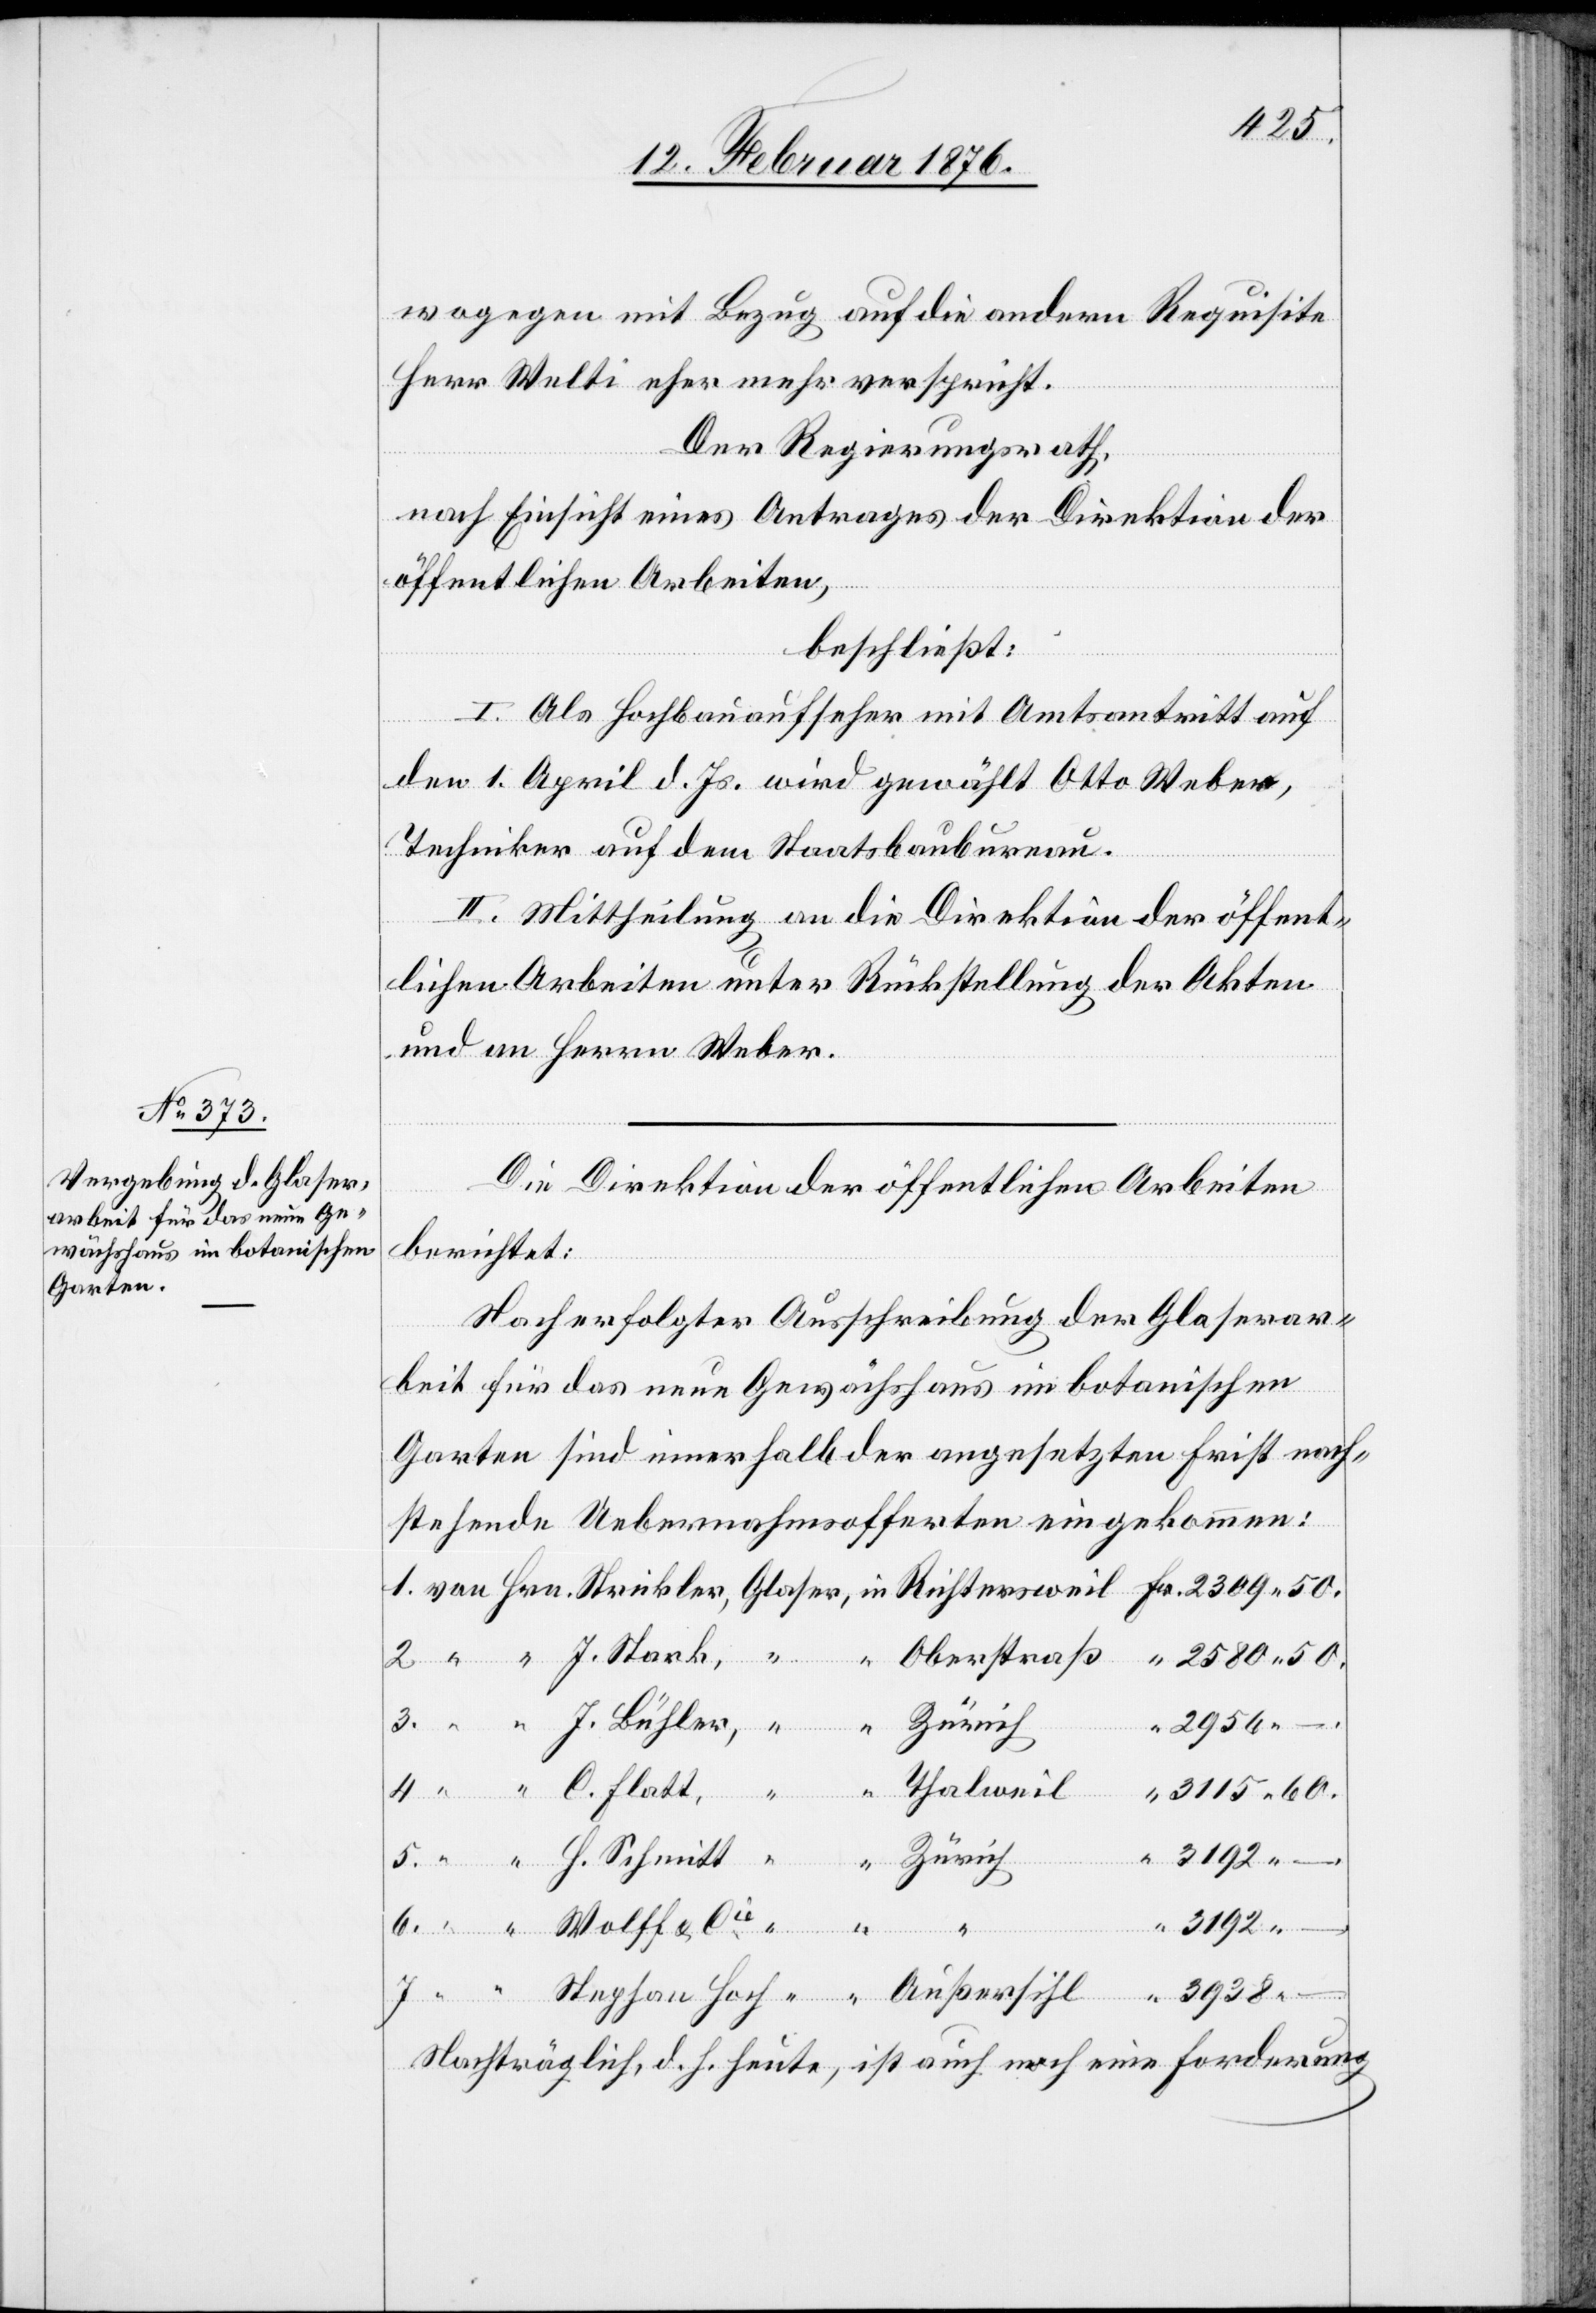
3115
wogegen mit Bezug auf die andern Requisite
Herr Welti eher mehr verspricht.
Außersihl
Der Regierungsrath,
nach Einsicht eines Antrages der Direktion der
öffentlichen Arbeiten,
Hoch
beschließt:
I. Als Hochbauaufseher mit Amtsantritt auf
den 1. April d. Js. wird gewählt Otto Weber,
Techniker auf dem Staatsbaubureau.
in
lichen Arbeiten unter Rückstellung der Akten
und an Herrn Weber.
Die Direktion der öffentlichen Arbeiten
berichtet:
Nach erfolgter Ausschreibung der Glaserar¬
beit für das neue Gewächshaus im botanischen
Garten sind innerhalb der angesetzten Frist nach¬
folgende Uebernahmsofferten eingekommen:
2950
3192
H. Schmitt
Nachträglich, d. h. Heute, ist auch noch eine Forderung
–.